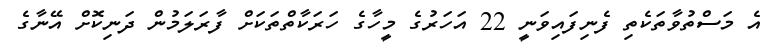
އެ މަސްތުވާތަކެތި ފެނިފައިވަނީ 22 އަހަރުގެ މީހާގެ ހަރަކާތްތަކަށް ފާރަލަމުން ދަނިކޮށް އޭނާގެ